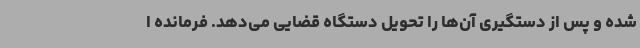
شده و پس از دستگیری آن‌ها را تحویل دستگاه قضایی می‌دهد. فرمانده ا